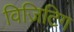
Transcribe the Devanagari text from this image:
विज़िटिग